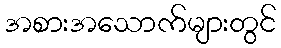
အစားအသောက်များတွင်